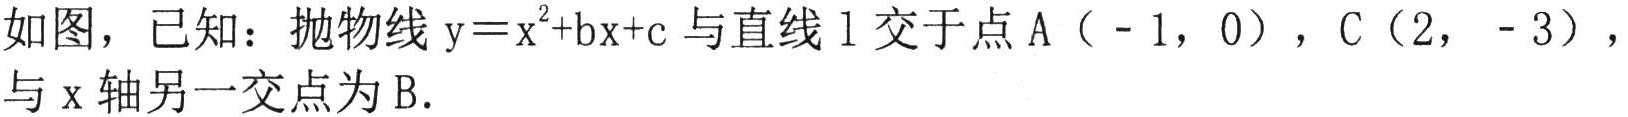
如图，已知：抛物线\(y = x^{2}+bx + c\)与直线\(l\)交于点\(A(-1,0)\)，\(C(2,-3)\)，与\(x\)轴另一交点为\(B\).